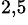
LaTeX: ^{2,5}